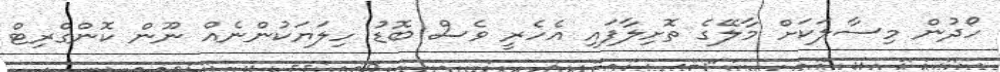
ހޯދުން މިސާލަކަށް މާލޭގެ ތޮށިލާފައި އެހެރީ ވެސް ބޮޑު ހިލަޔަކުންނެއް ނޫން ކޮންގްރިޓް